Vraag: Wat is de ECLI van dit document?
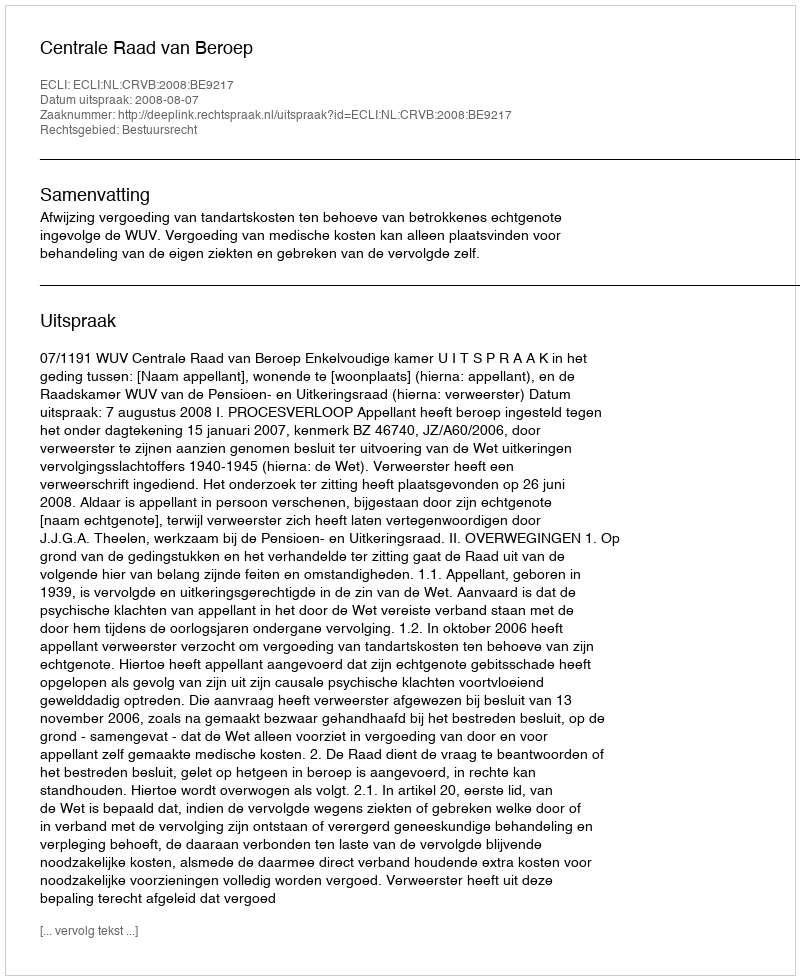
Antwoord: ECLI:NL:CRVB:2008:BE9217